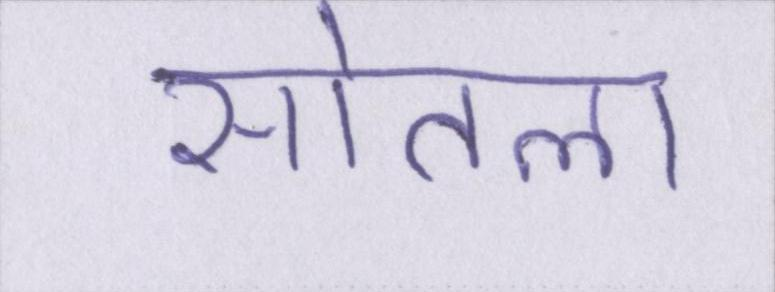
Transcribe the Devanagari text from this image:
सोतला